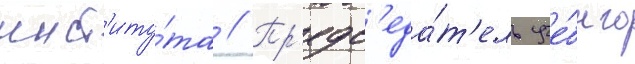
инст'иту́та // Пр'едс'еда́т'ель уче́бного